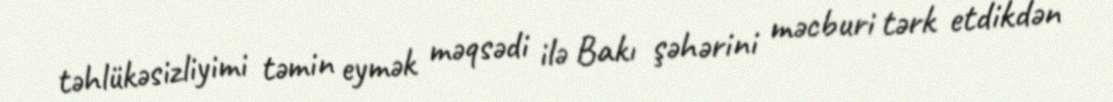
təhlükəsizliyimi təmin eymək məqsədi ilə Bakı şəhərini məcburi tərk etdikdən